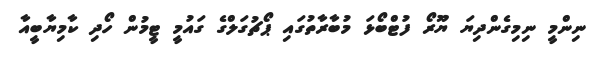
ނިންމީ ނިމިގެންދިޔަ ޔޫރޯ ފުޓްބޯޅަ މުބާރާތުގައި ޕޯޗުގަލްގެ ގައުމީ ޓީމުން ހޯދި ކާމިޔާބީއާ